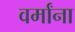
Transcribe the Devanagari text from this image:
वर्मांना